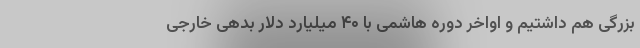
بزرگی هم داشتیم و اواخر دوره هاشمی با ۴۰ میلیارد دلار بدهی خارجی